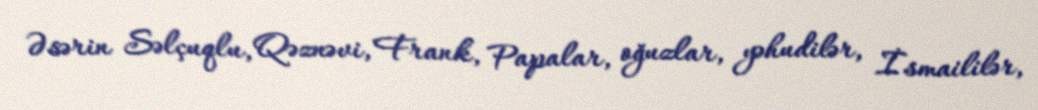
Əsərin Səlçuqlu, Qəznəvi, Frank, Papalar, oğuzlar, yəhudilər, İsmaililər,